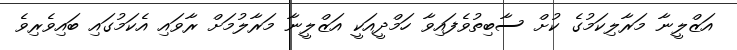
އަޒްލީނާ މަރާލިކަމުގެ ކުށް ސާބިތުވެފައިވާ ހަމްދީއަކީ އަޒްލީނާ މަރާލުމަށް ރާވައި އެކަމުގައި ބައިވެރިވެ